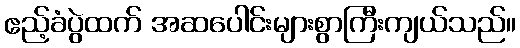
ဧည့်ခံပွဲထက် အဆပေါင်းများစွာကြီးကျယ်သည်။